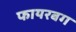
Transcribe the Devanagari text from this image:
फायरबग